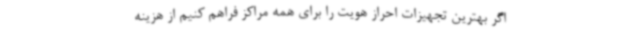
اگر بهترین تجهیزات احراز هویت را برای همه مراکز فراهم کنیم از هزینه